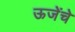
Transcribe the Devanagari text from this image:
ऊजेंचे